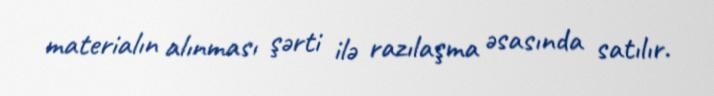
materialın alınması şərti ilə razılaşma əsasında satılır.